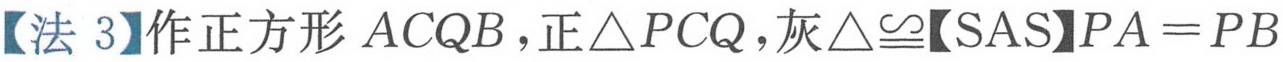
【法3】作正方形\(ACQB\)，正\(\triangle PCQ\)，灰\(\triangle\cong\)【SAS】\(PA = PB\)